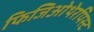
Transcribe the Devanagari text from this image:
फिजिओथेरपिस्ट